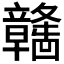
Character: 𫁯